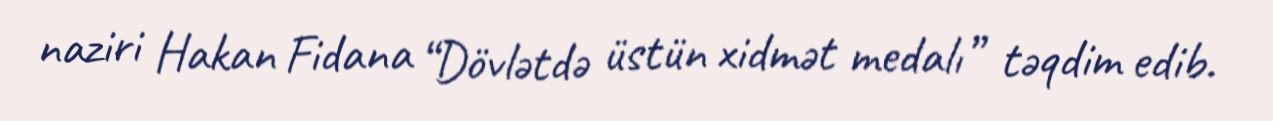
naziri Hakan Fidana “Dövlətdə üstün xidmət medalı” təqdim edib.